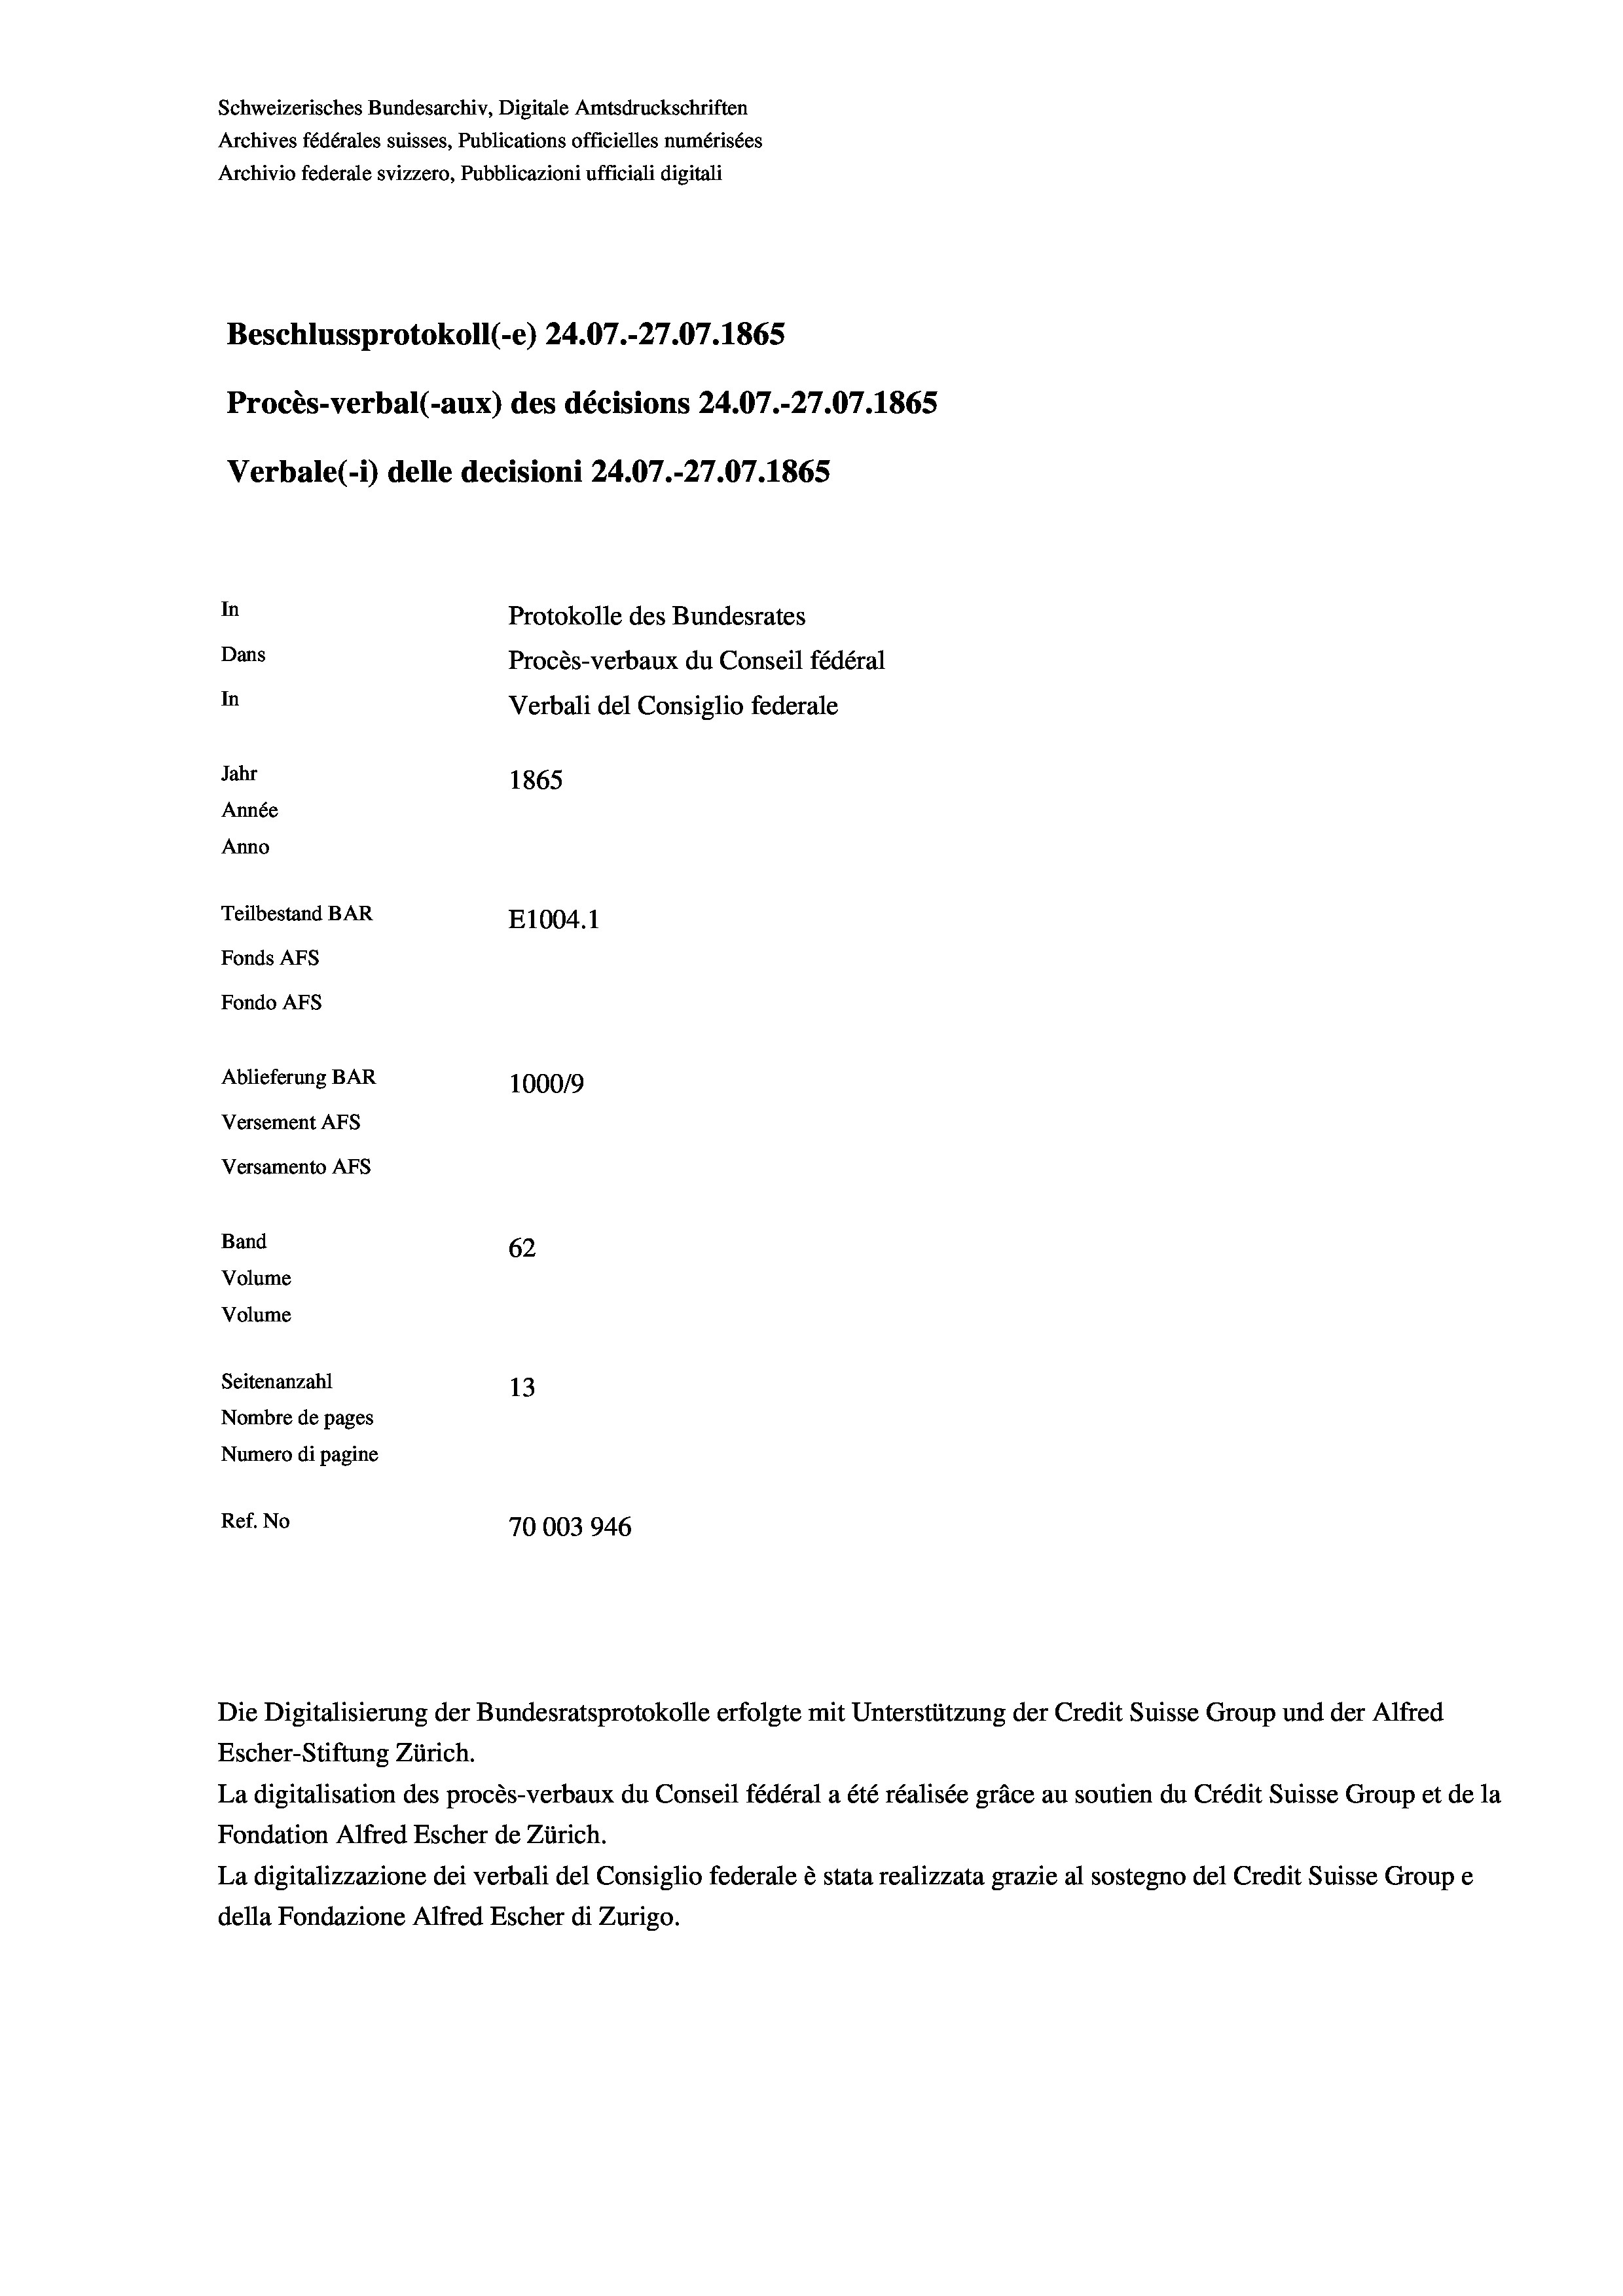
Schweizerisches Bundesarchiv, Digitale Amtsdruckschriften
Archives fédérales suisses, Publications officielles numérisées
Archivio federale svizzero, Pubblicazioni ufficiali digitali
Beschlussprotokoll (-e) 24.07.-27.07. 1865
Procès-verbal (-aux) des décisions 24.07.-27.07. 1865
Verbale (- 1) delle decisioni 24.07.-27.07. 1865
In
Protokolle des Bundesrates
Dans
Procès-verbaux du Conseil fédéral
In
Verbali del Consiglio federale
Jahr
1865
Année
Anno
Teilbestand BAR
E1004. 1
Fonds AFs
Fondo Afs
Ablieferung BAR
100019
Versement AFs
Versamento AFs
Band
62
Volume
Volume
Seitenanzahl
13
Nombre de pages
Numero di pagine
Ref. No
70003946

Escher-Stiftung Zürich.
La digitalisation des procès-verbaux du Conseil fédéral a été réalisée gräce au soutien du Crédit Suisse Group et de la
Fondation Alfred Escher de Zürich.
La digitalizzazione dei verbali del Consiglio federale è stata realizzata grazie al sostegno del Credit Suisse Groupe
della Fondazione Alfred Escher di Zurigo.

Die Digitalisierung der Bundesratsprotokolle erfolgte mit Unterstützung der Credit Suisse Group und der Alfred